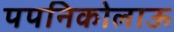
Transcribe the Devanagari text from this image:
पपनिकोलाऊ